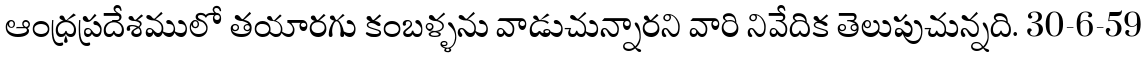
ఆంధ్రప్రదేశములో తయారగు కంబళ్ళను వాడుచున్నారని వారి నివేదిక తెలుపుచున్నది. 30-6-59